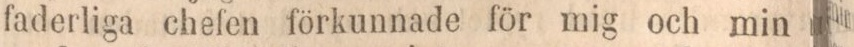
faderliga chefen förkunnade för mig och min